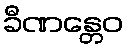
ခီဏန္တေဝ